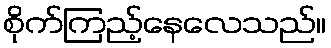
စိုက်ကြည့်နေလေသည်။